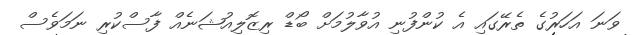
ވަނަ އަހަރުގެ ތެރޭގައި އެ ކުންފުނި އުވާލުމަށް ބޯޑް ރިޒޮލިއުޝަނެއް ފާސްކުރި ނަމަވެސް